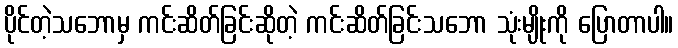
ပိုင်တဲ့သဘောမှ ကင်းဆိတ်ခြင်းဆိုတဲ့ ကင်းဆိတ်ခြင်းသဘော သုံးမျိုးကို ပြောတာပါ။